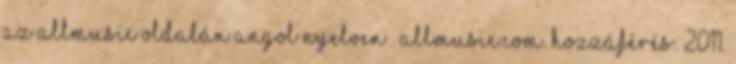
az Allmusic oldalán angol nyelven . allmusic.com. Hozzáférés: 2011.